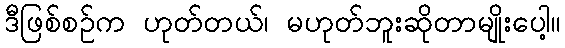
ဒီဖြစ်စဉ်က ဟုတ်တယ်၊ မဟုတ်ဘူးဆိုတာမျိုးပေါ့။